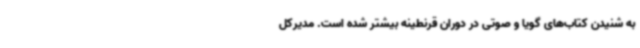
به شنیدن کتاب‌های گویا و صوتی در دوران قرنطینه بیشتر شده است. مدیرکل